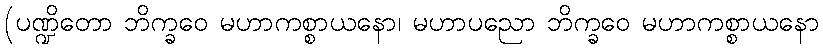
(ပဏ္ဍိတော ဘိက္ခဝေ မဟာကစ္စာယနော၊ မဟာပညော ဘိက္ခဝေ မဟာကစ္စာယနော